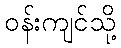
ဝန်းကျင်သို့